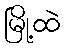
မြို့ထဲ